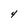
Character: 4